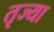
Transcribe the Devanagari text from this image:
तृज्या